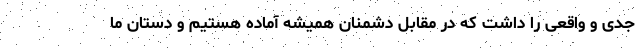
جدی و واقعی را داشت که در مقابل دشمنان همیشه آماده هستیم و دستان ما